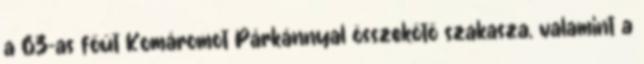
a 63-as főút Komáromot Párkánnyal összekötő szakasza, valamint a